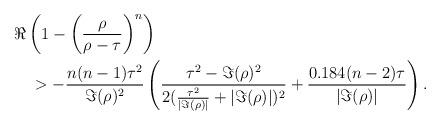
LaTeX: \begin{align*}\begin{aligned}& \Re\left(1-\left(\frac{\rho}{\rho-\tau}\right)^n\right) \\&\quad>-\frac{n(n-1)\tau^2}{\Im(\rho)^2}\left(\frac{\tau^2-\Im(\rho)^2}{2(\frac{\tau^2}{|\Im(\rho)|}+|\Im(\rho)|)^2}+\frac{0.184(n-2)\tau}{|\Im(\rho)|}\right). \end{aligned}\end{align*}